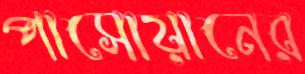
পাসোয়ানের